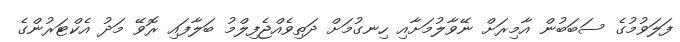
ފަލަވުމުގެ ސަބަބުން އާމިރަށް ނޭވާލުމަށާއި ހިނގުމަށް ދަތިވެއްޖެފިލްމު ބަލާފައި ރޮވޭ މަދު އެކްޓަރުންގެ